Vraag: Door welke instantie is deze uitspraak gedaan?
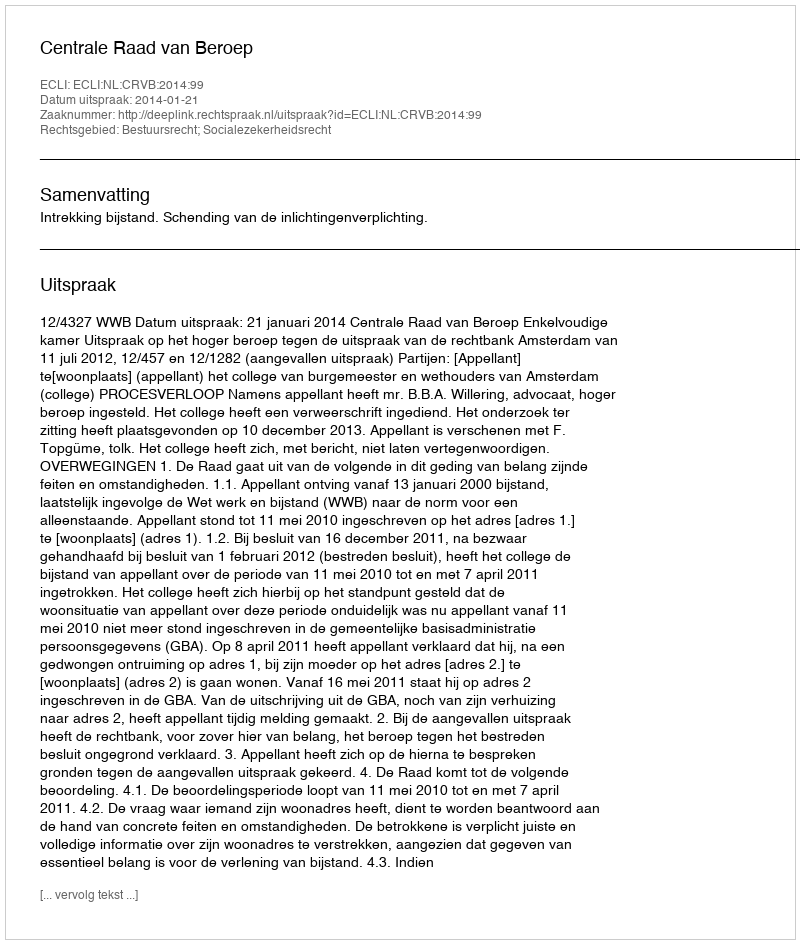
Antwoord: Centrale Raad van Beroep